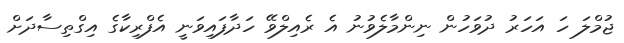
ޖުމްލަ ހަ އަހަރު ދުވަހުން ނިންމާލެވުނު އެ ރެއިލްވޭ ހަދާފައިވަނީ އެފްރިކާގެ އިގްތިސާދަށް